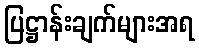
ပြဋ္ဌာန်းချက်များအရ